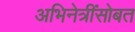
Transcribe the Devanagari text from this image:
अभिनेत्रींसोबत